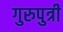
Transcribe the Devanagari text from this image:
गुरुपुत्री